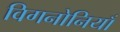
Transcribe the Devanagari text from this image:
विगनोनियाँ